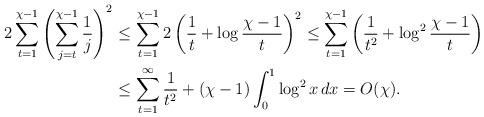
LaTeX: \begin{align*}2\sum_{t=1}^{\chi-1}\left(\sum_{j=t}^{\chi-1}\frac{1}{j}\right)^2\le&\,\sum_{t=1}^{\chi-1}2\left(\frac{1}{t}+\log\frac{\chi-1}{t}\right)^2\le\sum_{t=1}^{\chi-1}\left(\frac{1}{t^2}+\log^2\frac{\chi-1}{t}\right)\\\le&\,\sum_{t=1}^{\infty}\frac{1}{t^2}+(\chi-1)\int_0^1\log^2 x\,dx=O(\chi).\end{align*}